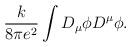
LaTeX: \begin{align*}\frac{k}{8 \pi e^2} \int D_\mu \phi D^\mu \phi.\end{align*}